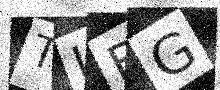
Text: TIBG